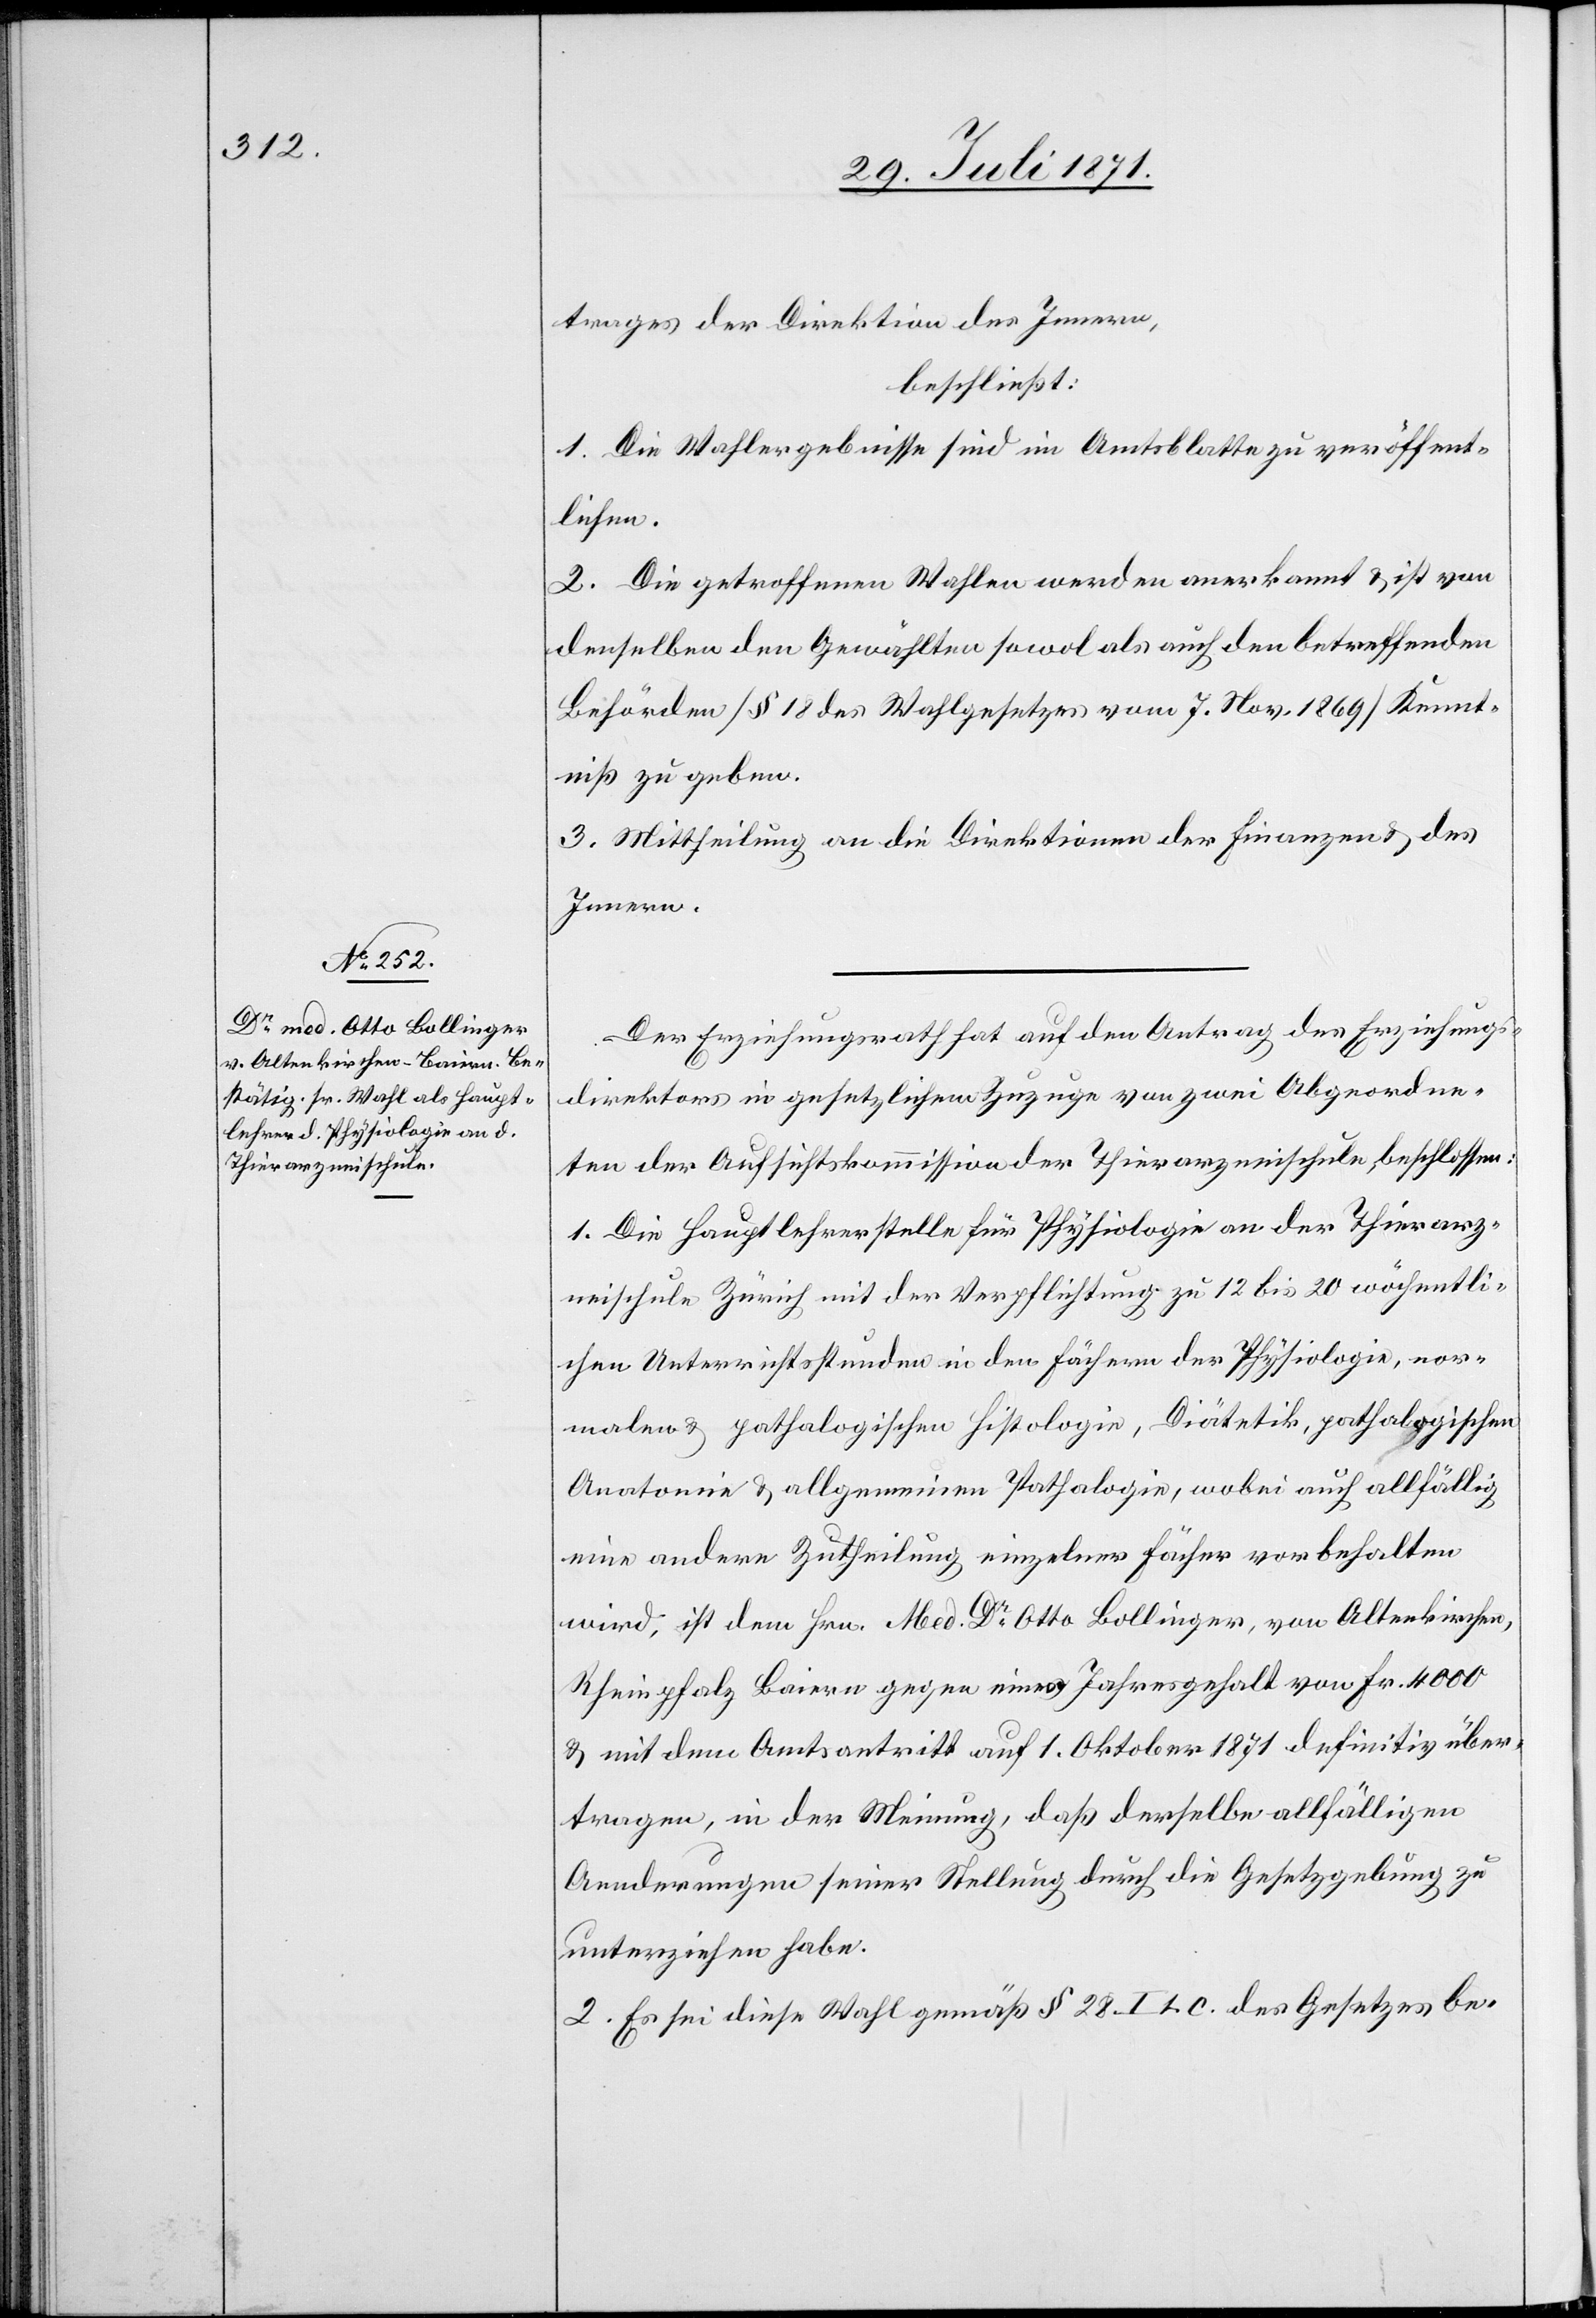
trages der Direktion des Innern,
beschließt:
1. Die Wahlergebnisse sind im Amtsblatte zu veröffent¬
lichen.
2. Die getroffenen Wahlen werden anerkannt u. ist von
denselben den Gewählten sowol als auch den betreffenden
Behörden [§ 18 des Wahlgesetzes vom 7. Nov. 1869] Kennt¬
niß zu geben.
3. Mittheilung an die Direktion der Finanzen u. des
Innern.
Der Erziehungsrath hat auf den Antrag des Erziehungs¬
direktors in gesetzlichem Zuzuge von zwei Abgeordne¬
ten der Aufsichtskommission der Thierarzneischule, beschlossen:
1. Die Hauptlehrerstelle für Physiologie an der Thierarz¬
neischule Zürich mit der Verpflichtung zu 12 bis 20 wöchentli¬
chen Unterrichtsstunden in den Fächern der Physiologie, nor¬
malen u. pathalogischen [sic!] Histologie, Diätetik, pathalogischen
Anatomie u. allgemeinen Pathalogie, wobei auch allfällig
eine andere Zutheilung einzelner Fächer vorbehalten
wird, ist dem Hrn. Med. Dr. Otto Bollinger, von Altenkirchen,
Rheinpfalz Baiern gegen einen Jahresgehalt von Fr. 4000
u. mit dem Amtsantritt auf 1. Oktober 1871 definitiv über¬
tragen, in der Meinung, daß derselbe allfälligen
Aenderungen seiner Stellung durch die Gesetzgebung zu
unterziehen habe.
2. Es sei diese Wahl gemäß § 28 I [?L.] C. des Gesetzes be-